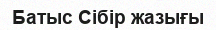
Батыс Сібір жазығы